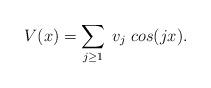
LaTeX: \begin{align*} V(x) &= \sum_{j \geq 1} \; v_j \; cos(jx).\end{align*}